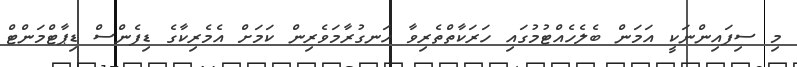
މި ސިފައިންނަކީ އަމަން ބެލެހެއްޓުމުގައި ހަރަކާތްތެރިވާ ހަނގުރާމަވެރިން ކަމަށް އެމެރިކާގެ ޑިފެންސް ޑިޕާޓްމަންޓް